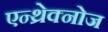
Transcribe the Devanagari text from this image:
एन्थ्रेक्नोज